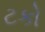
ટકો